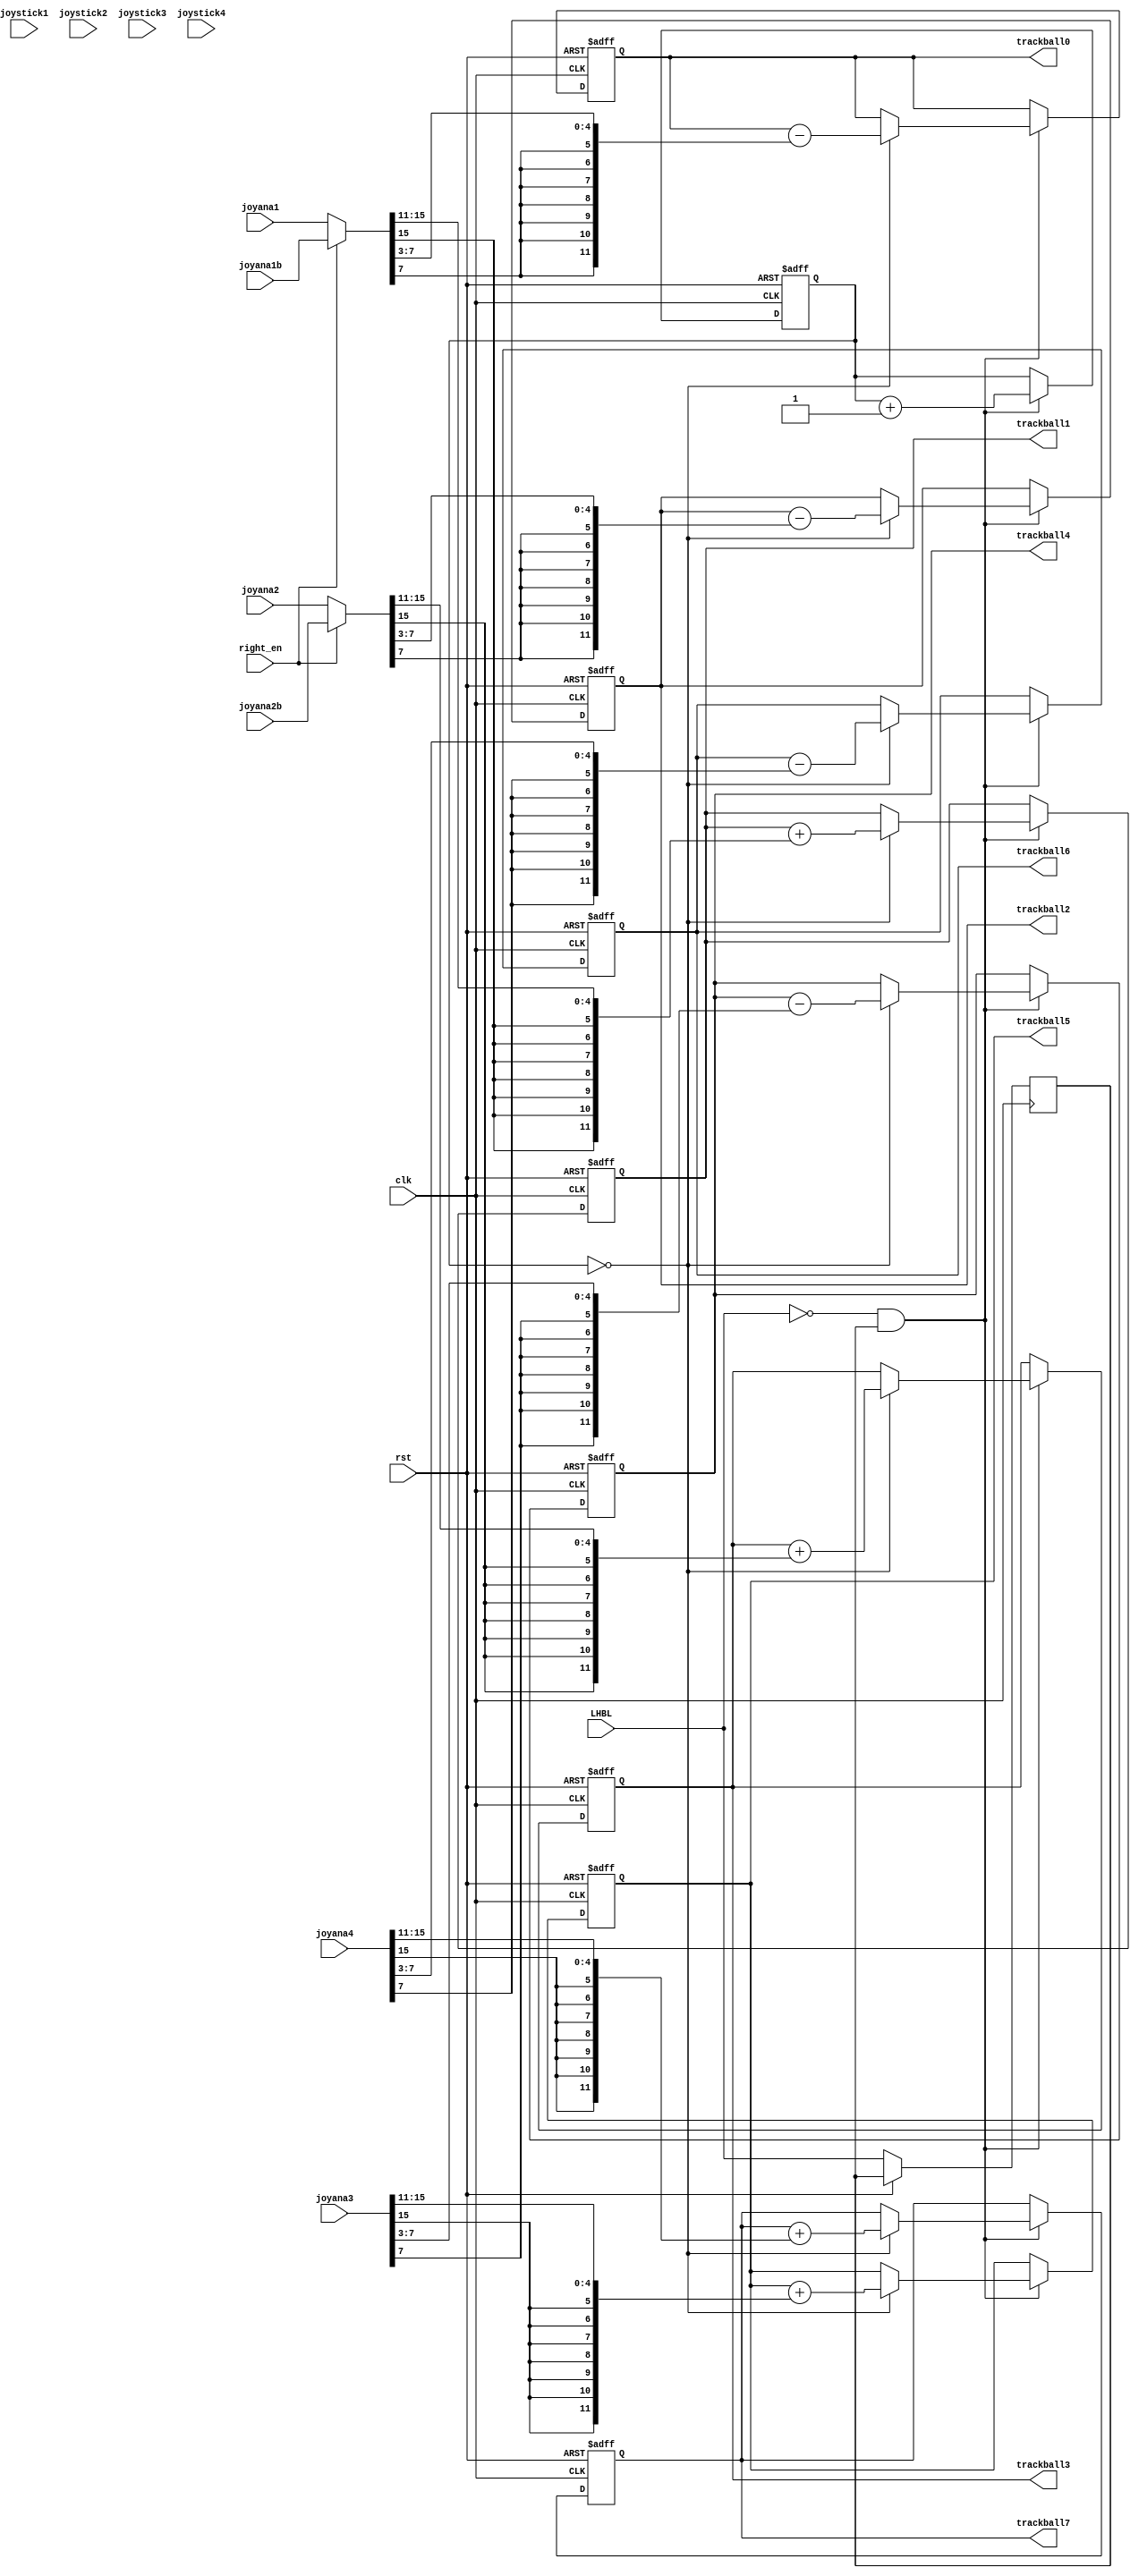
/*  This file is part of JTS16.
    JTS16 program is free software: you can redistribute it and/or modify
    it under the terms of the GNU General Public License as published by
    the Free Software Foundation, either version 3 of the License, or
    (at your option) any later version.

    JTS16 program is distributed in the hope that it will be useful,
    but WITHOUT ANY WARRANTY; without even the implied warranty of
    MERCHANTABILITY or FITNESS FOR A PARTICULAR PURPOSE.  See the
    GNU General Public License for more details.

    You should have received a copy of the GNU General Public License
    along with JTS16.  If not, see <http://www.gnu.org/licenses/>.

    Author: Jose Tejada Gomez. Twitter: @topapate
    Version: 1.0
    Date: 30-10-2021 */

module jts16_trackball(
    input             rst,
    input             clk,
    input             LHBL,

    input             right_en,

    input      [ 7:0] joystick1,
    input      [ 7:0] joystick2,
    input      [ 7:0] joystick3,
    input      [ 7:0] joystick4,
    input      [15:0] joyana1,
    input      [15:0] joyana1b, // used by Heavy Champ
    input      [15:0] joyana2,
    input      [15:0] joyana2b, // used by SDI
    input      [15:0] joyana3,
    input      [15:0] joyana4,

    output reg [11:0] trackball0,
    output reg [11:0] trackball1,
    output reg [11:0] trackball2,
    output reg [11:0] trackball3,
    output reg [11:0] trackball4,
    output reg [11:0] trackball5,
    output reg [11:0] trackball6,
    output reg [11:0] trackball7
);

reg         LHBLl;
reg  [ 5:0] hcnt;

wire [15:0] mainstick1 = right_en ? joyana1b : joyana1;
wire [15:0] mainstick2 = right_en ? joyana2b : joyana2;

function [11:0] extjoy( input [7:0] ja );
    extjoy = { {8{ja[7]}}, ja[6:3] };
endfunction


always @(posedge clk, posedge rst) begin
    if( rst ) begin
        hcnt <= 0;
        trackball0 <= 12'h10a;
        trackball1 <= 12'h20b;
        trackball2 <= 12'h30c;
        trackball3 <= 12'h40d;
        trackball4 <= 12'h50e;
        trackball5 <= 12'h60f;
        trackball6 <= 12'h701;
        trackball7 <= 12'h802;
    end else begin
        LHBLl <= LHBL;
        if( !LHBL && LHBLl ) begin
            hcnt<=hcnt+1;
            if( hcnt==0 ) begin
                trackball0 <= trackball0 - extjoy( mainstick1[ 7:0] ); // X
                trackball1 <= trackball1 + extjoy( mainstick1[15:8] ); // Y
                trackball2 <= trackball2 - extjoy( mainstick2[ 7:0] );
                trackball3 <= trackball3 + extjoy( mainstick2[15:8] );
                trackball4 <= trackball4 - extjoy( joyana3[ 7:0] );
                trackball5 <= trackball5 + extjoy( joyana3[15:8] );
                trackball6 <= trackball6 - extjoy( joyana4[ 7:0] );
                trackball7 <= trackball7 + extjoy( joyana4[15:8] );
            end
        end
    end
end

endmodule